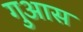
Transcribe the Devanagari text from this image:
गुआस